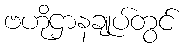
ဗဟိုဌာနချုပ်တွင်